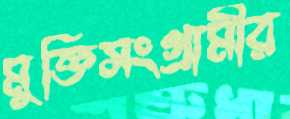
মুক্তিসংগ্রামীর